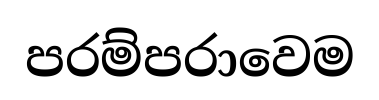
පරම්පරාවෙම